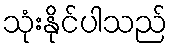
သုံးနိုင်ပါသည်